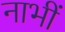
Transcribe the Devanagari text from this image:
नाभीं